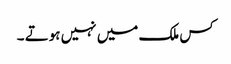
کس ملک میں نہیں ہوتے ۔